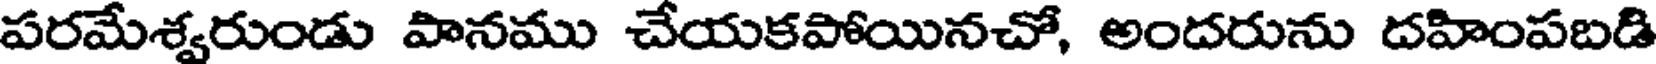
పరమేశ్వరుండు పానము చేయకపోయినచో, అందరును దహింపబడి